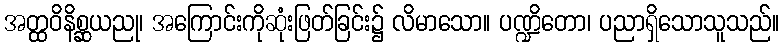
အတ္ထဝိနိစ္ဆယညု၊ အကြောင်းကိုဆုံးဖြတ်ခြင်း၌ လိမာသော။ ပဏ္ဍိတော၊ ပညာရှိသောသူသည်။